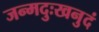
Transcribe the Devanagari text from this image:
जन्मदुःखनुदं